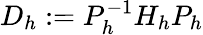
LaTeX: D_{h}:=P_{h}^{-1}H_{h}P_{h}